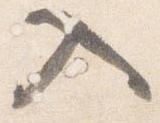
入